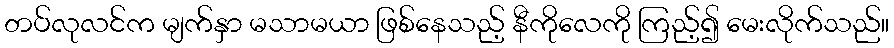
တပ်လုလင်က မျက်နှာ မသာမယာ ဖြစ်နေသည့် နီကိုလေကို ကြည့်၍ မေးလိုက်သည်။